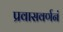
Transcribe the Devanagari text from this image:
प्रवासवर्णनं